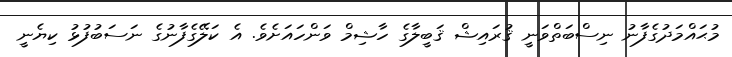
މުޙައްމަދުގެފާނު ނިސްބަތްވަނީ ޤުރައިޝް ޤަބީލާގެ ހާޝިމް ވަންހައަށެވެ. އެ ކަލޭގެފާނުގެ ނަސަބުފުޅު ކިޔެނީ